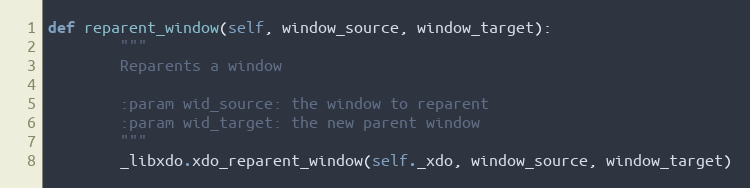
Language: Python
def reparent_window(self, window_source, window_target):
        """
        Reparents a window

        :param wid_source: the window to reparent
        :param wid_target: the new parent window
        """
        _libxdo.xdo_reparent_window(self._xdo, window_source, window_target)